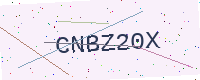
Text: CNBZ20X